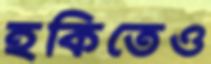
হকিতেও